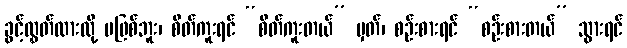
ခွင့်လွှတ်ထားလို့ မဖြစ်ဘူး၊ စိတ်ကူးရင် “စိတ်ကူးတယ်” မှတ်၊ စဉ်းစားရင် “စဉ်းစားတယ်” သွားရင်